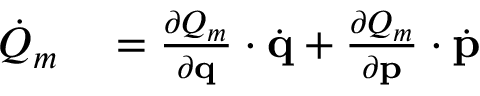
\begin{array} { r l } { { \dot { Q } } _ { m } } & { { } = { \frac { \partial Q _ { m } } { \partial \mathbf { q } } } \cdot { \dot { \mathbf { q } } } + { \frac { \partial Q _ { m } } { \partial \mathbf { p } } } \cdot { \dot { \mathbf { p } } } } \end{array}